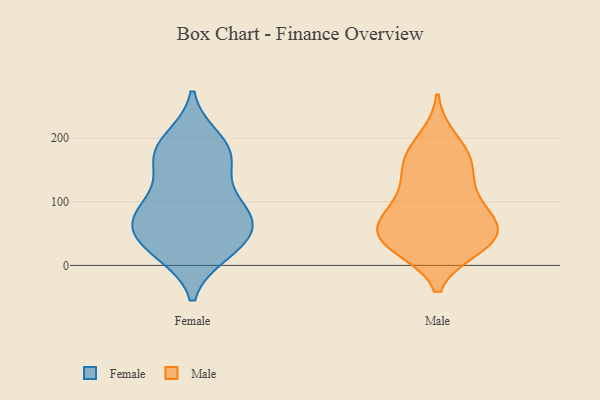
{"axis": {"x": "Energy Usage (MWh)", "y": "Value"}, "legend": ["Female", "Male"], "data": [{"x": "", "y": 197, "type": "Female"}, {"x": "", "y": 104, "type": "Female"}, {"x": "", "y": 167, "type": "Female"}, {"x": "", "y": 49, "type": "Female"}, {"x": "", "y": 64, "type": "Female"}, {"x": "", "y": 21, "type": "Female"}, {"x": "", "y": 77, "type": "Female"}, {"x": "", "y": 170, "type": "Female"}, {"x": "", "y": 88, "type": "Female"}, {"x": "", "y": 29, "type": "Female"}, {"x": "", "y": 188, "type": "Female"}, {"x": "", "y": 60, "type": "Female"}, {"x": "", "y": 88, "type": "Female"}, {"x": "", "y": 26, "type": "Female"}, {"x": "", "y": 160, "type": "Female"}, {"x": "", "y": 36, "type": "Male"}, {"x": "", "y": 170, "type": "Male"}, {"x": "", "y": 37, "type": "Male"}, {"x": "", "y": 71, "type": "Male"}, {"x": "", "y": 198, "type": "Male"}, {"x": "", "y": 110, "type": "Male"}, {"x": "", "y": 69, "type": "Male"}, {"x": "", "y": 34, "type": "Male"}, {"x": "", "y": 161, "type": "Male"}, {"x": "", "y": 60, "type": "Male"}, {"x": "", "y": 49, "type": "Male"}, {"x": "", "y": 29, "type": "Male"}, {"x": "", "y": 86, "type": "Male"}, {"x": "", "y": 126, "type": "Male"}, {"x": "", "y": 162, "type": "Male"}]}